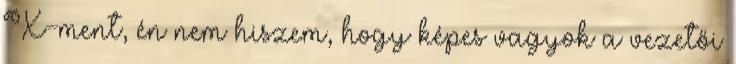
X-ment, én nem hiszem, hogy képes vagyok a vezetői